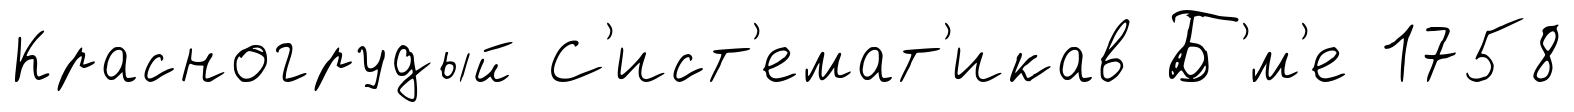
Красногрудый С'ист'емат'икав Б'́м'е 1758